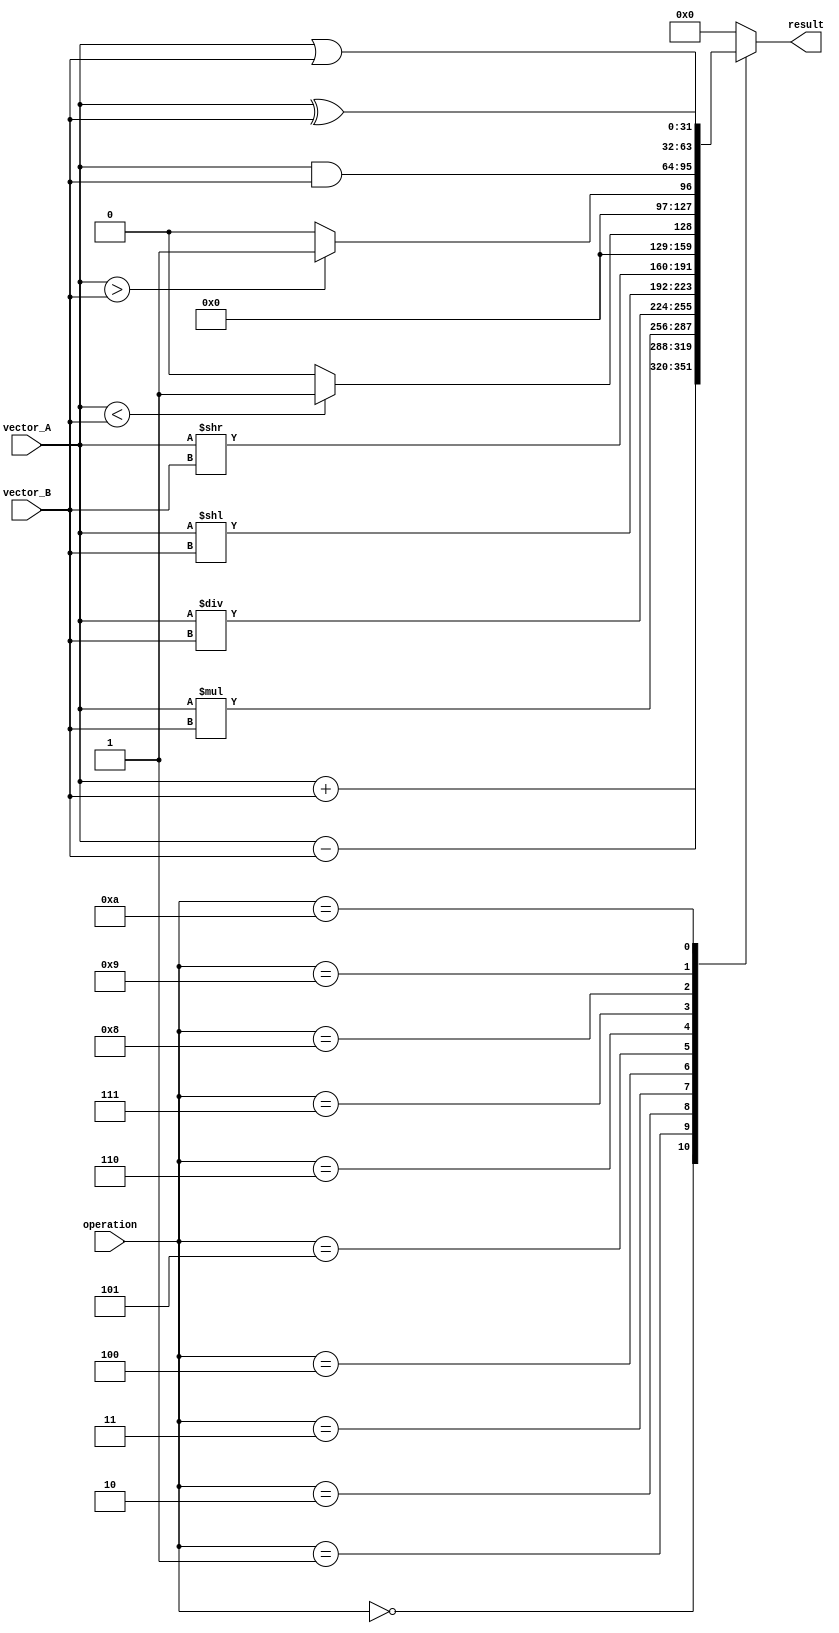
module VectorALU (
    input [31:0] vector_A,
    input [31:0] vector_B,
    input [3:0] operation,
    output reg [31:0] result
);

always @(*) begin
    case(operation)
        0: result = vector_A + vector_B; // Addition
        1: result = vector_A - vector_B; // Subtraction
        2: result = vector_A * vector_B; // Multiplication
        3: result = vector_A / vector_B; // Division
        4: result = vector_A << vector_B; // Left shift
        5: result = vector_A >> vector_B; // Right shift
        6: result = (vector_A < vector_B) ? 1 : 0; // Less than comparison
        7: result = (vector_A > vector_B) ? 1 : 0; // Greater than comparison
        8: result = vector_A & vector_B; // Bitwise AND
        9: result = vector_A | vector_B; // Bitwise OR
        10: result = vector_A ^ vector_B; // Bitwise XOR
        default: result = 32'h0; // Default to zero
    endcase
end

endmodule